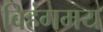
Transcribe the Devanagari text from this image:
विहंगमय